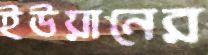
ইউয়ানের